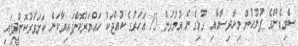
ސްވިޑެންގެ ފުލުހުން މިހާދިސާއާއި ގުޅިގެން އުމުރުން 15 އަހަރުގެ ކުއްޖަކު ހައްޔަރުކޮށްފައިވާކަން ކަށަވަރުކޮށްދީފައި